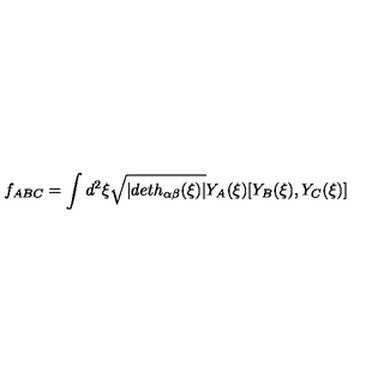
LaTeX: f _ { A B C } = \int d ^ { 2 } \xi \sqrt { | d e t h _ { \alpha \beta } ( \xi ) | } Y _ { A } ( \xi ) [ Y _ { B } ( \xi ) , Y _ { C } ( \xi ) ]